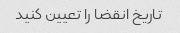
تاریخ انقضا را تعیین کنید